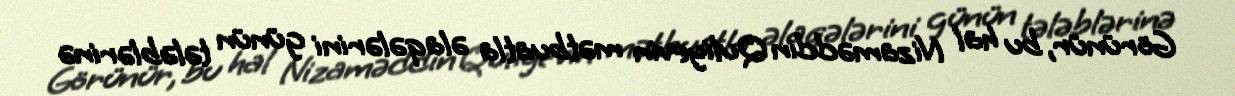
Görünür, bu hal Nizaməddin Quliyevin mətbuatla əlaqələrini günün tələblərinə